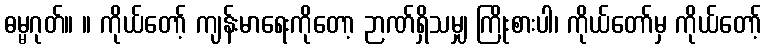
ဓမ္မဂုတ်။ ။ ကိုယ်တော့် ကျန်းမာရေးကိုတော့ ဉာဏ်ရှိသမျှ ကြိုးစားပါ၊ ကိုယ်တော်မှ ကိုယ်တော့်